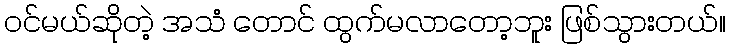
ဝင်မယ်ဆိုတဲ့ အသံ တောင် ထွက်မလာတော့ဘူး ဖြစ်သွားတယ်။